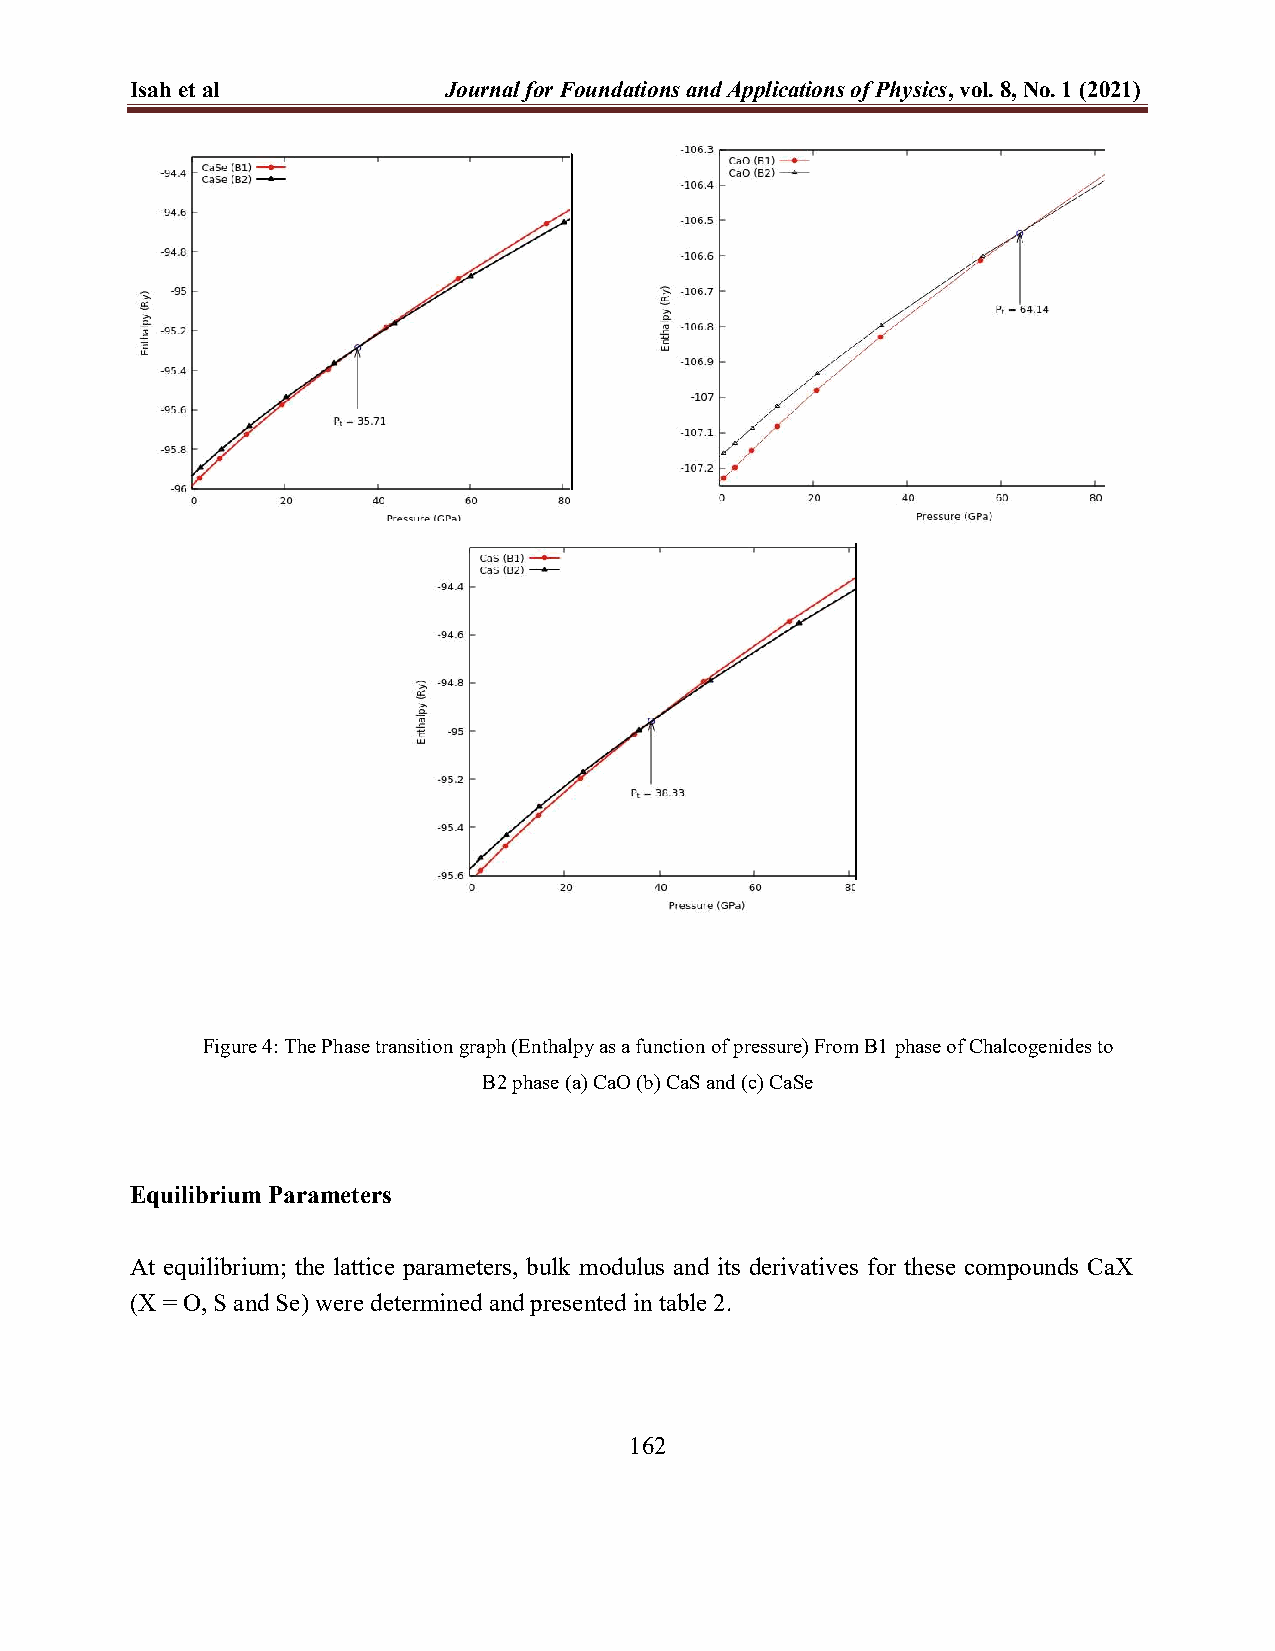
Isah et al          Journal for Foundations and Applications of Physics, vol. 8, No. 1 (2021)
 Figure 4: The Phase transition graph (Enthalpy as a function of pressure) From B1 phase of Chalcogenides to
 B2 phase (a) CaO (b) CaS and (c) CaSe
 Equilibrium Parameters
 At equilibrium; the lattice parameters, bulk modulus and its derivatives for these compounds CaX
 (X = O, S and Se) were determined and presented in table 2.
 162